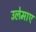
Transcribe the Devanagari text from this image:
उलेमाए